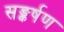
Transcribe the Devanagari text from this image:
सङ्कर्षण